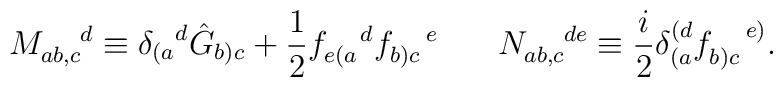
M_{ab,c}^{\hspace{.18in}d}\equiv {\delta_{(a}}^d\hat{G}_{b)c}+\frac{1}{2}f_{e(a}^{\ \ \ d}f_{b)c}^{\ \ \ e} \hspace{.3in} N_{ab,c}^{\hspace{.18in}de}\equiv\frac{i}{2}\delta_{(a}^{(d}f_{b)c}^{\ \ \ e)}.